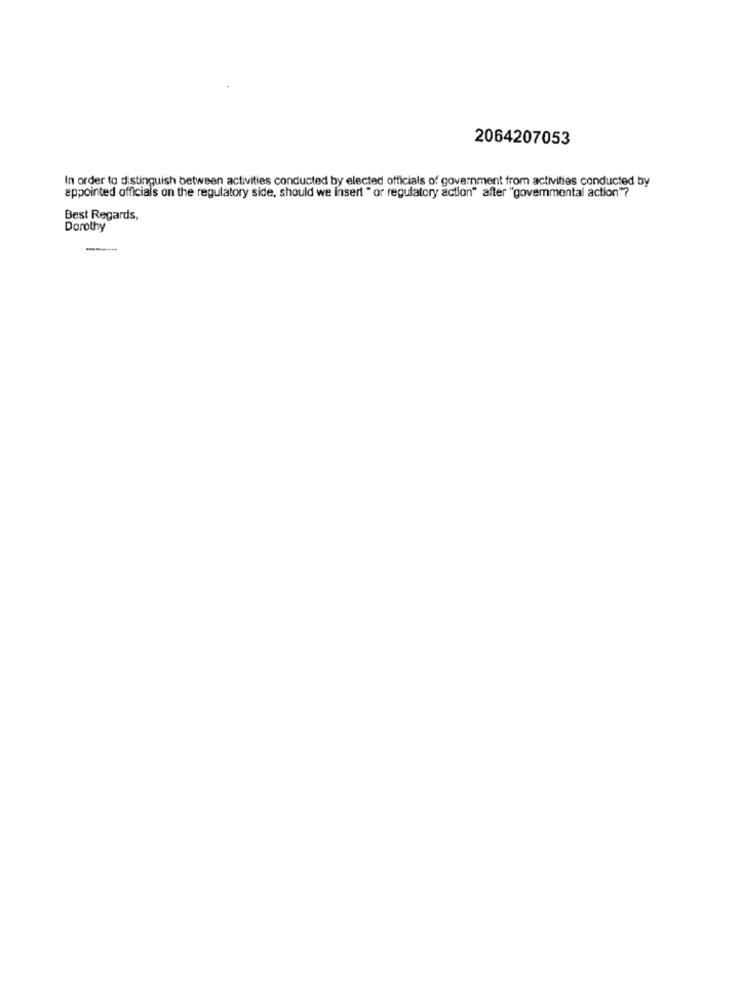
2064207053
In order to distinguish between activities conducted by elected officials of government from activities conducted by
appointed officials on the regulatory side, should we insert " or regulatory action" after "govemmental action"?
Best Regards,
Dorothy
---